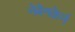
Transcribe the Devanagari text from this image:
नेबेनकेर्न